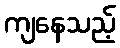
ကျနေသည့်